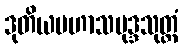
ဒုတိယမဟာသမုဒ္ဒသုတ္တံ